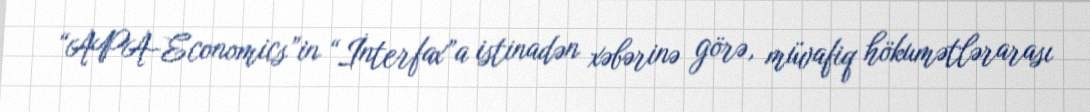
“APA-Economics”in “İnterfax”a istinadən xəbərinə görə, müvafiq hökumətlərarası